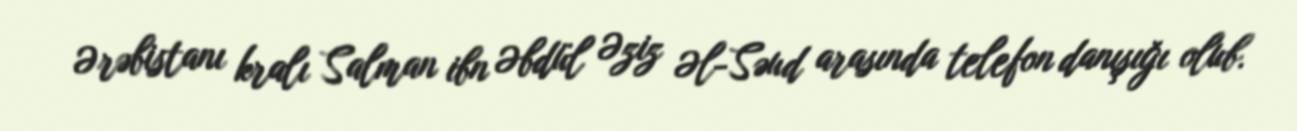
Ərəbistanı kralı Salman ibn Əbdül Əziz Əl-Səud arasında telefon danışığı olub.